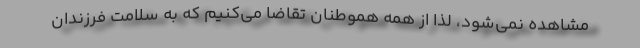
مشاهده نمی‌شود، لذا از همه هموطنان تقاضا می‌کنیم که به سلامت فرزندان